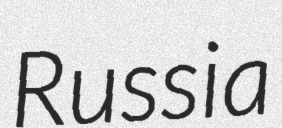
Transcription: Russia